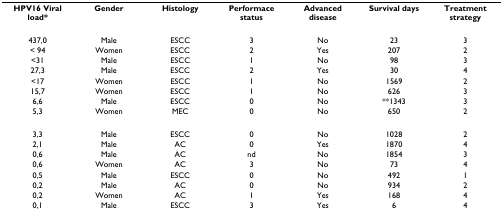
<table><thead><tr><td><b>HPV16 Viral load*</b></td><td><b>Gender</b></td><td><b>Histology</b></td><td><b>Performace status</b></td><td><b>Advanced disease</b></td><td><b>Survival days</b></td><td><b>Treatment strategy</b></td></tr></thead><tbody><tr><td>437,0</td><td>Male</td><td>ESCC</td><td>3</td><td>No</td><td>23</td><td>3</td></tr><tr><td>&lt; 94</td><td>Women</td><td>ESCC</td><td>2</td><td>Yes</td><td>207</td><td>2</td></tr><tr><td>&lt;31</td><td>Male</td><td>ESCC</td><td>1</td><td>No</td><td>98</td><td>3</td></tr><tr><td>27,3</td><td>Male</td><td>ESCC</td><td>2</td><td>Yes</td><td>30</td><td>4</td></tr><tr><td>&lt;17</td><td>Women</td><td>ESCC</td><td>1</td><td>No</td><td>1569</td><td>2</td></tr><tr><td>15,7</td><td>Women</td><td>ESCC</td><td>1</td><td>No</td><td>626</td><td>3</td></tr><tr><td>6,6</td><td>Male</td><td>ESCC</td><td>0</td><td>No</td><td>**1343</td><td>3</td></tr><tr><td>5,3</td><td>Women</td><td>MEC</td><td>0</td><td>No</td><td>650</td><td>2</td></tr><tr><td>3,3</td><td>Male</td><td>ESCC</td><td>0</td><td>No</td><td>1028</td><td>2</td></tr><tr><td>2,1</td><td>Male</td><td>AC</td><td>0</td><td>Yes</td><td>1870</td><td>4</td></tr><tr><td>0,6</td><td>Male</td><td>AC</td><td>nd</td><td>No</td><td>1854</td><td>3</td></tr><tr><td>0,6</td><td>Women</td><td>AC</td><td>3</td><td>No</td><td>73</td><td>4</td></tr><tr><td>0,5</td><td>Male</td><td>ESCC</td><td>0</td><td>No</td><td>492</td><td>1</td></tr><tr><td>0,2</td><td>Male</td><td>AC</td><td>0</td><td>No</td><td>934</td><td>2</td></tr><tr><td>0,2</td><td>Women</td><td>AC</td><td>1</td><td>Yes</td><td>168</td><td>4</td></tr><tr><td>0,1</td><td>Male</td><td>ESCC</td><td>3</td><td>Yes</td><td>6</td><td>4</td></tr></tbody></table>